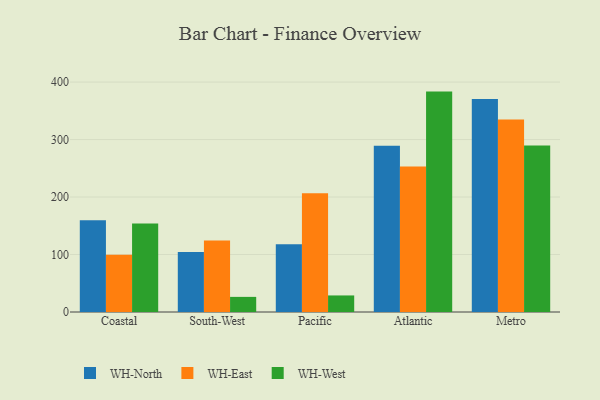
{"axis": {"x": "Region", "y": "Energy Usage (MWh)"}, "legend": ["WH-East", "WH-North", "WH-West"], "data": [{"x": "Coastal", "y": 159.8, "type": "WH-North"}, {"x": "Coastal", "y": 99.6, "type": "WH-East"}, {"x": "Coastal", "y": 154.0, "type": "WH-West"}, {"x": "South-West", "y": 104.3, "type": "WH-North"}, {"x": "South-West", "y": 124.2, "type": "WH-East"}, {"x": "South-West", "y": 26.3, "type": "WH-West"}, {"x": "Pacific", "y": 117.9, "type": "WH-North"}, {"x": "Pacific", "y": 206.6, "type": "WH-East"}, {"x": "Pacific", "y": 28.8, "type": "WH-West"}, {"x": "Atlantic", "y": 289.3, "type": "WH-North"}, {"x": "Atlantic", "y": 252.9, "type": "WH-East"}, {"x": "Atlantic", "y": 383.4, "type": "WH-West"}, {"x": "Metro", "y": 370.5, "type": "WH-North"}, {"x": "Metro", "y": 334.9, "type": "WH-East"}, {"x": "Metro", "y": 289.5, "type": "WH-West"}]}